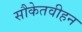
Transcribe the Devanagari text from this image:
सौकेतवीहन